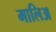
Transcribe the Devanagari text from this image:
मालिअ